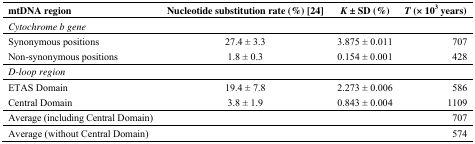
| mtDNA region | Nucleotide substitution rate (%) [24] | K ± SD (%) | T (× 103 years) |
 | --- | --- | --- | --- |
 | <COLSPAN=4> Cytochrome b gene |
 | Synonymous positions | 27.4 ± 3.3 | 3.875 ± 0.011 | 707 |
 | Non-synonymous positions | 1.8 ± 0.3 | 0.154 ± 0.001 | 428 |
 | <COLSPAN=4> D-loop region |
 | ETAS Domain | 19.4 ± 7.8 | 2.273 ± 0.006 | 586 |
 | Central Domain | 3.8 ± 1.9 | 0.843 ± 0.004 | 1109 |
 | Average (including Central Domain) |  |  | 707 |
 | Average (without Central Domain) |  |  | 574 |